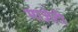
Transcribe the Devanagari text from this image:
माज़ेटी